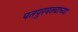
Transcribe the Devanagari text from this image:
पतपुरवठ्याच्या